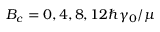
B _ { c } = 0 , 4 , 8 , 1 2 \hbar \gamma _ { 0 } / \mu